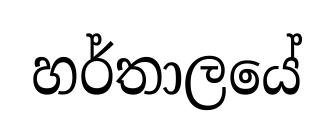
හර්තාලයේ